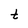
Character: t